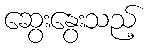
ဆွေးနွေးသည့်